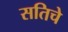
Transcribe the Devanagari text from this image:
सतिचे